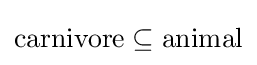
{\text{carnivore}}\subseteq {\text{animal}}